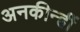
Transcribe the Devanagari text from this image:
अनकीन्‍हीं